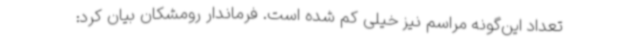
تعداد این‌گونه مراسم نیز خیلی کم شده است. فرماندار رومشکان بیان کرد: